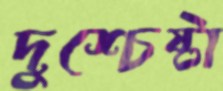
দুশ্চেষ্টা